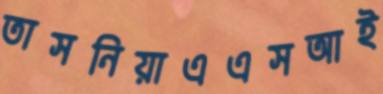
তাসনিয়াএএসআই